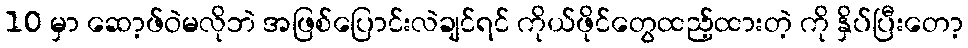
10 မှာ ဆော့ဖ်ဝဲမလိုဘဲ အဖြစ်ပြောင်းလဲချင်ရင် ကိုယ်ဖိုင်တွေထည့်ထားတဲ့ ကို နှိပ်ပြီးတော့